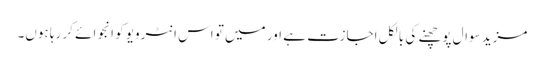
مزید سوال پوچھنے کی بالکل اجازت ہے اور میں تو اس انٹرویو کو انجوائے کر رہا ہوں۔